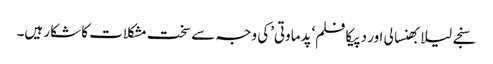
سنجے لیلا بھنسالی اور دپیکا فلم‘پدماوتی’کی وجہ سے سخت مشکلات کا شکار ہیں۔